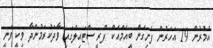
އުމުރުން 19 އަހަރުން ފެށިގެން ބީއެމްއެކް ފްރީ ސްޓައިލްގައި ވާދަކުރަމުންދާ ވިކީ ވަނީ